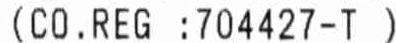
(CO.REG :704427-T)